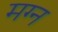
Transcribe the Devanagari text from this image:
मग्‍न